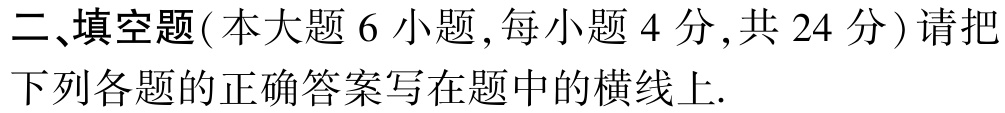
二、填空题(本大题6小题,每小题4分,共24分)请把下列各题的正确答案写在题中的横线上.